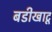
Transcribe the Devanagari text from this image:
बडीखाटू